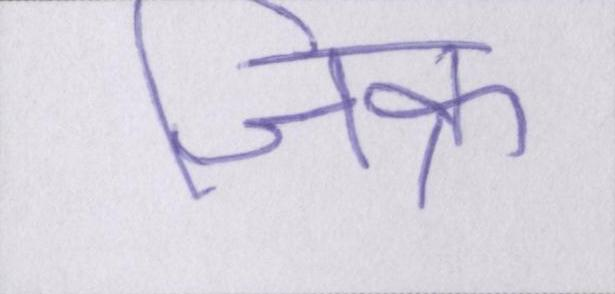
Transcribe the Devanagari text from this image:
जिक्र